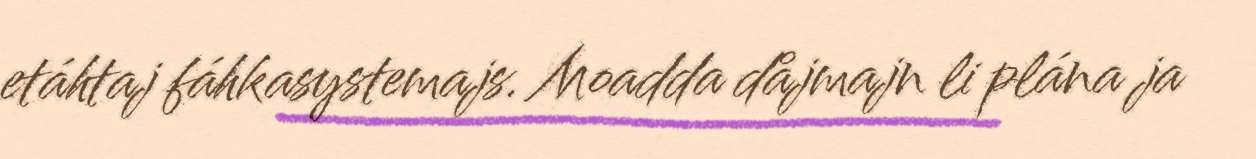
etáhtaj fáhkasystemajs. Moadda dåjmajn li plána ja